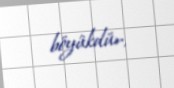
böyükdür.